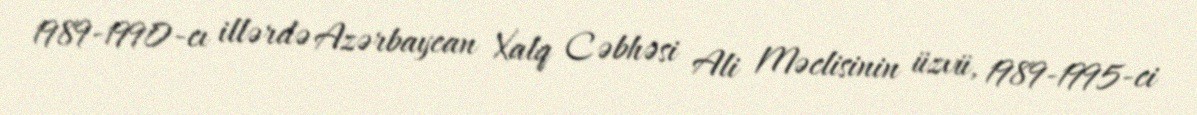
1989-1990-cı illərdə Azərbaycan Xalq Cəbhəsi Ali Məclisinin üzvü, 1989-1995-ci